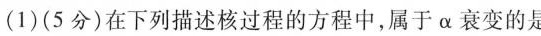
(1)(5分)在下列描述核过程的方程中，属于α衰变的是